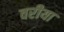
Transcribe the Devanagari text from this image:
वरीया